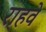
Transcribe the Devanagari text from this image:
राहवे